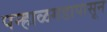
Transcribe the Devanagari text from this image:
पन्हाळगडापासून